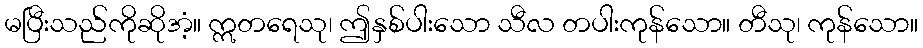
မပြီးသည်ကိုဆိုအံ့။ ဣတရေသု၊ ဤနှစ်ပါးသော သီလ တပါးကုန်သော။ တီသု၊ ကုန်သော။